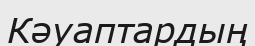
Кәуаптардың